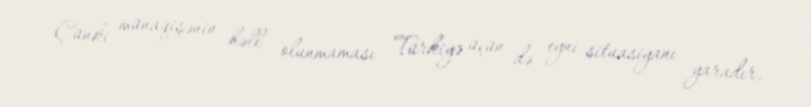
Çünki münaqişənin həll olunmaması Türkiyə üçün də eyni situasiyanı yaradır,